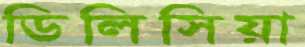
ডিলিসিয়া